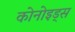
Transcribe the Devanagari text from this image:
कोनोइड्स